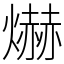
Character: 爀